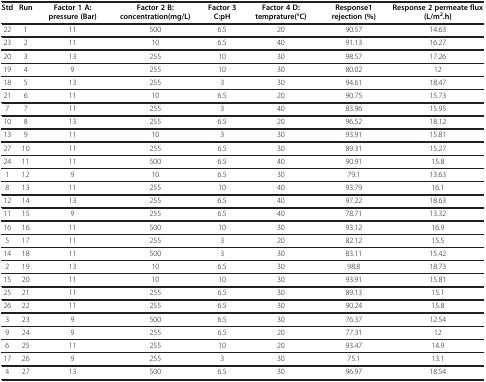
<table><thead><tr><td><b>Std</b></td><td><b>Run</b></td><td><b>Factor 1 A: pressure (Bar)</b></td><td><b>Factor 2 B: concentration(mg/L)</b></td><td><b>Factor 3 C:pH</b></td><td><b>Factor 4 D:temprature(°C)</b></td><td><b>Response1 rejection (%)</b></td><td><b>Response 2 permeate flux(L/m<sup>2</sup>.h)</b></td></tr></thead><tbody><tr><td>22</td><td>1</td><td>11</td><td>500</td><td>6.5</td><td>20</td><td>90.57</td><td>14.63</td></tr><tr><td>23</td><td>2</td><td>11</td><td>10</td><td>6.5</td><td>40</td><td>91.13</td><td>16.27</td></tr><tr><td>20</td><td>3</td><td>13</td><td>255</td><td>10</td><td>30</td><td>98.57</td><td>17.26</td></tr><tr><td>19</td><td>4</td><td>9</td><td>255</td><td>10</td><td>30</td><td>80.02</td><td>12</td></tr><tr><td>18</td><td>5</td><td>13</td><td>255</td><td>3</td><td>30</td><td>94.61</td><td>18.47</td></tr><tr><td>21</td><td>6</td><td>11</td><td>10</td><td>6.5</td><td>20</td><td>90.75</td><td>15.73</td></tr><tr><td>7</td><td>7</td><td>11</td><td>255</td><td>3</td><td>40</td><td>83.96</td><td>15.95</td></tr><tr><td>10</td><td>8</td><td>13</td><td>255</td><td>6.5</td><td>20</td><td>96.52</td><td>18.12</td></tr><tr><td>13</td><td>9</td><td>11</td><td>10</td><td>3</td><td>30</td><td>93.91</td><td>15.81</td></tr><tr><td>27</td><td>10</td><td>11</td><td>255</td><td>6.5</td><td>30</td><td>89.31</td><td>15.27</td></tr><tr><td>24</td><td>11</td><td>11</td><td>500</td><td>6.5</td><td>40</td><td>90.91</td><td>15.8</td></tr><tr><td>1</td><td>12</td><td>9</td><td>10</td><td>6.5</td><td>30</td><td>79.1</td><td>13.63</td></tr><tr><td>8</td><td>13</td><td>11</td><td>255</td><td>10</td><td>40</td><td>93.79</td><td>16.1</td></tr><tr><td>12</td><td>14</td><td>13</td><td>255</td><td>6.5</td><td>40</td><td>97.22</td><td>18.63</td></tr><tr><td>11</td><td>15</td><td>9</td><td>255</td><td>6.5</td><td>40</td><td>78.71</td><td>13.32</td></tr><tr><td>16</td><td>16</td><td>11</td><td>500</td><td>10</td><td>30</td><td>93.12</td><td>16.9</td></tr><tr><td>5</td><td>17</td><td>11</td><td>255</td><td>3</td><td>20</td><td>82.12</td><td>15.5</td></tr><tr><td>14</td><td>18</td><td>11</td><td>500</td><td>3</td><td>30</td><td>83.11</td><td>15.42</td></tr><tr><td>2</td><td>19</td><td>13</td><td>10</td><td>6.5</td><td>30</td><td>98.8</td><td>18.73</td></tr><tr><td>15</td><td>20</td><td>11</td><td>10</td><td>10</td><td>30</td><td>93.91</td><td>15.81</td></tr><tr><td>25</td><td>21</td><td>11</td><td>255</td><td>6.5</td><td>30</td><td>89.13</td><td>15.1</td></tr><tr><td>26</td><td>22</td><td>11</td><td>255</td><td>6.5</td><td>30</td><td>90.24</td><td>15.8</td></tr><tr><td>3</td><td>23</td><td>9</td><td>500</td><td>6.5</td><td>30</td><td>76.37</td><td>12.54</td></tr><tr><td>9</td><td>24</td><td>9</td><td>255</td><td>6.5</td><td>20</td><td>77.31</td><td>12</td></tr><tr><td>6</td><td>25</td><td>11</td><td>255</td><td>10</td><td>20</td><td>93.47</td><td>14.9</td></tr><tr><td>17</td><td>26</td><td>9</td><td>255</td><td>3</td><td>30</td><td>75.1</td><td>13.1</td></tr><tr><td>4</td><td>27</td><td>13</td><td>500</td><td>6.5</td><td>30</td><td>96.97</td><td>18.54</td></tr></tbody></table>